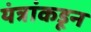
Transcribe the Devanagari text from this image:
यंत्रांकडून